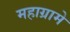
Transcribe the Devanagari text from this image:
महाग्रामे